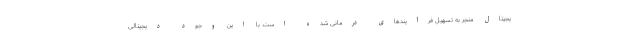
یجیتال منجر به تسهیل فرآیندهای درمانی شده است. با این وجود دیجیتالی